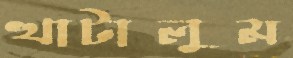
খাটালুম